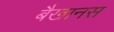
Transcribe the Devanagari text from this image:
बैखानस